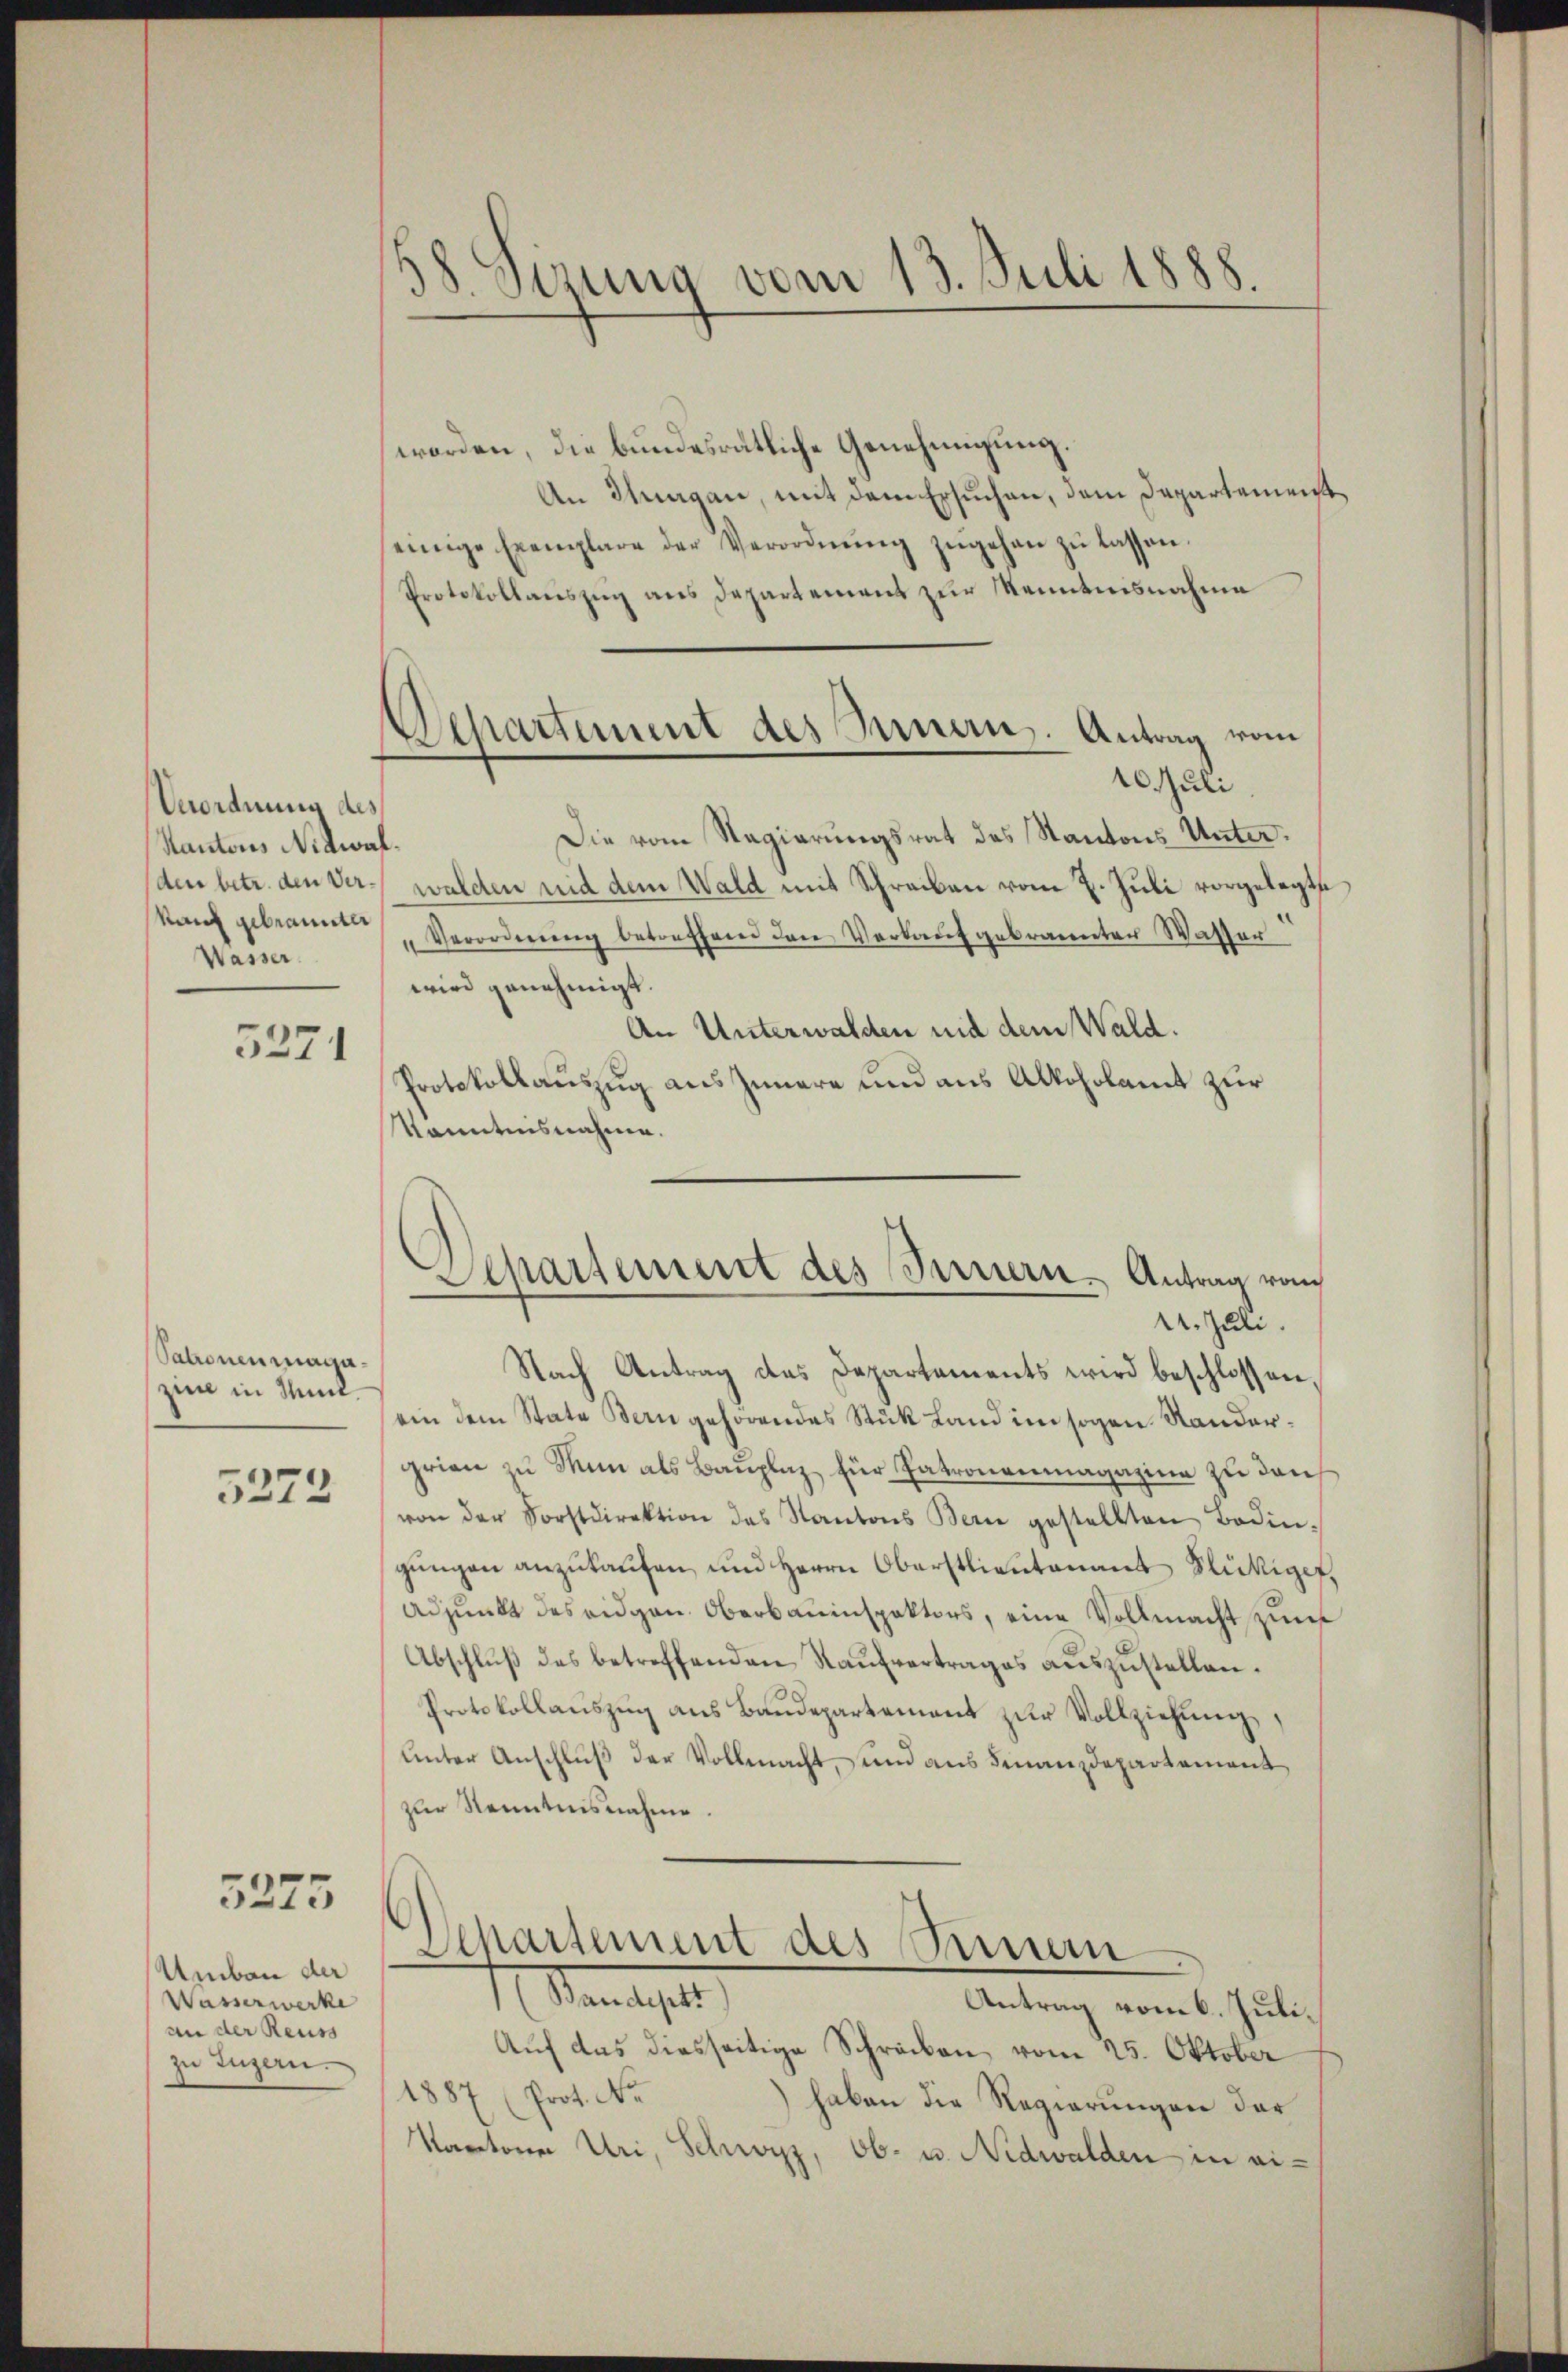
Unordnung des
Kantons Nidwal
den betr. den Ver¬
Rand gebrannter
Wasser.

5271

Patronen magazin in Mit

5272

3275

Umbau der
Wasserwerke
an der Reuss
zu Luzern.

38 Sirung vom 13. Juli 1888.

Departement des Innern. Antrag vom

worden, die bundesrätliche Genehmigung.
An Thurgau, mit dem Ersuchen, dem Departement
einige Exemplare der Verordnŭng zŭgehen zŭ lassen.
Protokollauszug aus Departement zur Kenntnisnahme
10. Juli.
Die vom Regierungsrat des Kantons Unterwalden nid dem Wald mit Schreiben vom 7. Juli vorgelegtsi
"Verordnŭng betreffend den Verkaŭf gebrannter Wasser
wird genehmigt.
An Unterwalden und dem Wald.
Protokollauszug aus Innere und aus Alkoholamt zur
Kenntnisnahme.
Departement des Fernern, Antrag vom
1. Juli.
Nach Antrag des Departements wird beschlossen
ein dem State Bern gehörendes Stück Land im sogen Standergrien zu Man als Bauplaz, für Patronenmagazine zu dans
von der Forstdirektion das Kantons Bern gestellten Bedin-
gŭngen anzukaufen, und Herrn Oberstlieutenant Flutige,
Adjunkt des eidgen. Oberbauinspektors, eine Vollmacht zum
Abschluß des betreffenden Kaufvertrages auszustellen.
Protokollauszug aus Baudepartement zur Vollziehung,
unter Anschluß der Vollmacht, und aus Finanzdepartement
zur Kenntnisnahme.

Departement des Seinem
M. Mangeset
Antrag vom 6. Juli.

Auf das diesseitige Schreiben vom 25. Oktober
1887 (Prot. No
) haben die Regierungen der
Kantone Uri, Schwyz, Ob- u. Nidwalden in ei¬